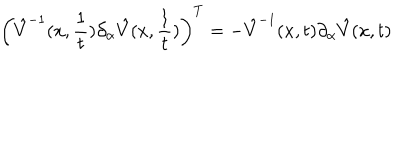
\left( \hat { V } ^ { - 1 } ( x , { \frac { 1 } { t } } ) \partial _ { \alpha } \hat { V } ( x , { \frac { 1 } { t } } ) \right) ^ { T } = - \hat { V } ^ { - 1 } ( x , t ) \partial _ { \alpha } \hat { V } ( x , t )